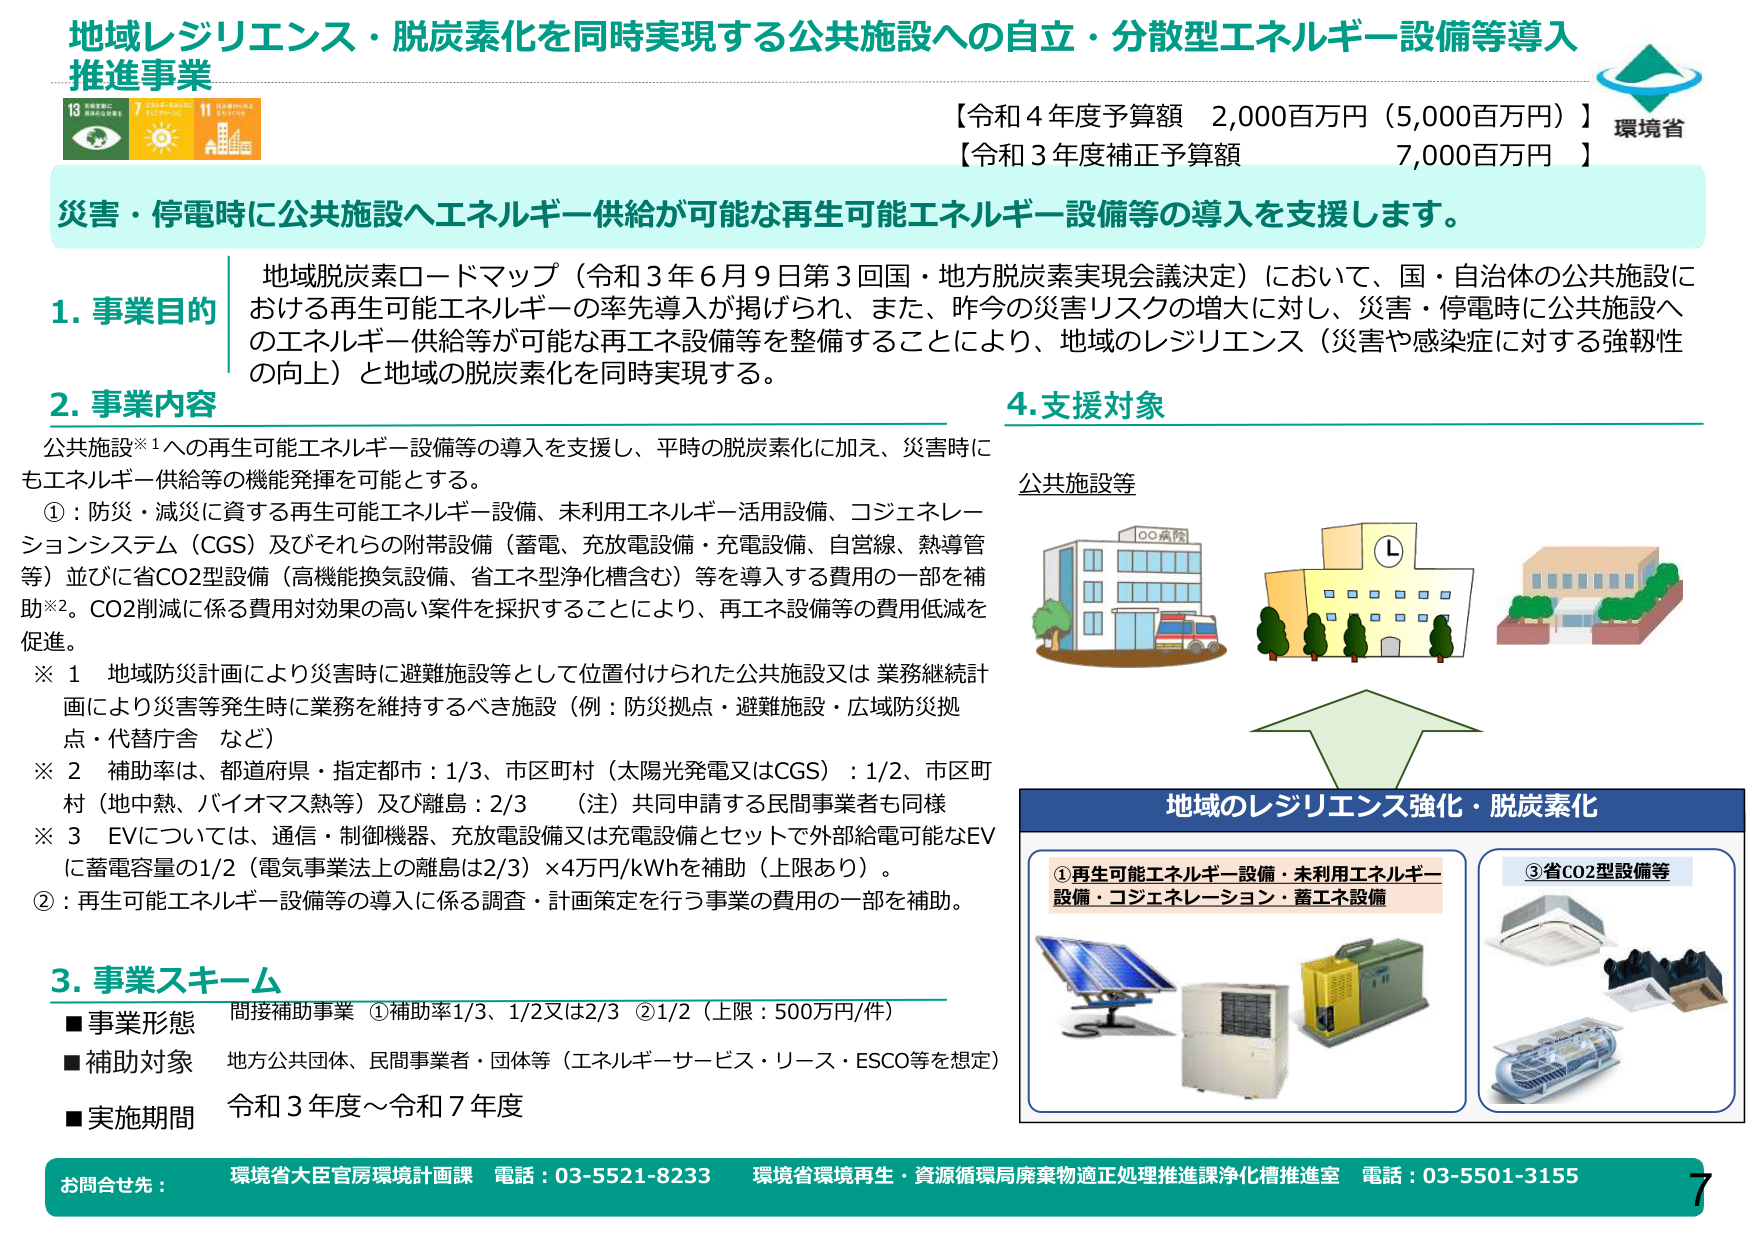
地域レジリエンス・脱炭素化を同時実現する公共施設への自立・分散型エネルギー設備等導入推進事業

【令和4年度予算額 2,000百万円（5,000百万円）】
【令和3年度補正予算額 7,000百万円】

災害・停電時に公共施設へエネルギー供給が可能な再生可能エネルギー設備等の導入を支援します。

1. 事業目的
地域脱炭素ロードマップ（令和3年6月9日第3回国・地方脱炭素実現会議決定）において、国・自治体の公共施設における再生可能エネルギーの率先導入が掲げられ、また、昨今の災害リスクの増大に対し、災害・停電時に公共施設へのエネルギー供給等が可能な再エネ設備等を整備することにより、地域のレジリエンス（災害や感染症に対する強靭性の向上）と地域の脱炭素化を同時実現する。

2. 事業内容
公共施設※1への再生可能エネルギー設備等の導入を支援し、平時の脱炭素化に加え、災害時にもエネルギー供給等の機能発揮を可能とする。
①：防災・減災に資する再生可能エネルギー設備、未利用エネルギー活用設備、コジェネレーションシステム（CGS）及びそれらの附帯設備（蓄電、充放電設備・充電設備、自営線、熱導管等）並びに省CO2型設備（高機能換気設備、省エネ型浄化槽含む）等を導入する費用の一部を補助※2。CO2削減に係る費用対効果の高い案件を採択することにより、再エネ設備等の費用低減を促進。
※1 地域防災計画により災害時に避難施設等として位置付けられた公共施設又は業務継続計画により災害等発生時に業務を維持するべき施設（例：防災拠点・避難施設・広域防災拠点・代替庁舎 など）
※2 補助率は、都道府県・指定都市：1/3、市区町村（太陽光発電又はCGS）：1/2、市区町村（地中熱、バイオマス熱等）及び離島：2/3 （注）共同申請する民間事業者も同様
※3 EVについては、通信・制御機器、充放電設備又は充電設備とセットで外部給電可能なEVに蓄電容量の1/2（電気事業法上の離島は2/3）×4万円/kWhを補助（上限あり）。
②：再生可能エネルギー設備等の導入に係る調査・計画策定を行う事業の費用の一部を補助。

3. 事業スキーム
■事業形態 間接補助事業 ①補助率1/3、1/2又は2/3 ②1/2（上限：500万円/件）
■補助対象 地方公共団体、民間事業者・団体等（エネルギーサービス・リース・ESCO等を想定）
■実施期間 令和3年度～令和7年度

4. 支援対象
公共施設等

地域のレジリエンス強化・脱炭素化
①再生可能エネルギー設備・未利用エネルギー設備・コジェネレーション・蓄エネ設備
③省CO2型設備等

お問合せ先：環境省大臣官房環境計画課 電話：03-5521-8233 環境省環境再生・資源循環局廃棄物適正処理推進課浄化槽推進室 電話：03-5501-3155

7

環境省